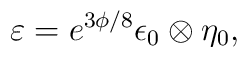
{\varepsilon = e^{3\phi/8}\epsilon_0\otimes\eta_0,}